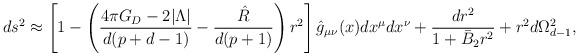
LaTeX: \begin{align*}ds^2\approx\left[1-\left(\frac{4\pi G_D-2|\Lambda|}{d(p+d-1)}-\frac{\hat{R}}{d(p+1)}\right) r^2\right]\hat{g}_{\mu\nu}(x)dx^\mu dx^\nu+\frac{dr^2}{1+\bar{B}_2r^2}+r^2d\Omega_{d-1}^2,\end{align*}